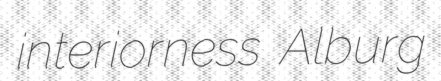
interiorness Alburg